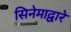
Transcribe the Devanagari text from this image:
सिनेमाद्वारे